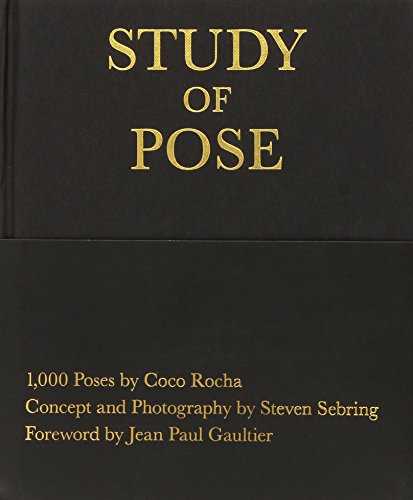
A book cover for Study of Pose: 1,000 Poses by Coco Rocha; Coco Rocha; Humor & Entertainment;